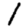
Digit: 1